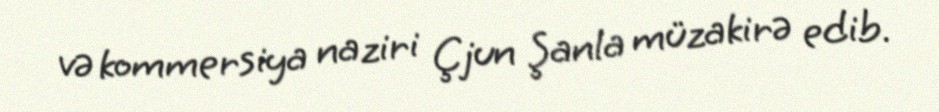
və kommersiya naziri Çjun Şanla müzakirə edib.